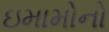
ઇમામોનો